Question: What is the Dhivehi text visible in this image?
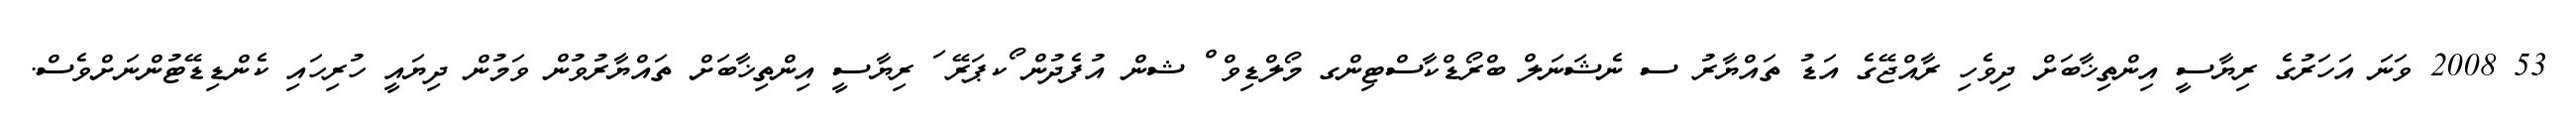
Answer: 53 2008 ވަނަ އަހަރުގެ ރިޔާސީ އިންތިޚާބަށް ދިވެހި ރާއްޖޭގެ އަޑު ތައްޔާރު ސ ނެޝަނަލް ބްރޯޑްކާސްޓިންގ މޯލްޑިވް ް ޝން އުފެދުން ޯކޕަރޭ ަ ރިޔާސީ އިންތިޚާބަށް ތައްޔާރުވުން ވަމުން ދިޔައީ ހުރިހައި ކެންޑިޑޭޓުންނަށްވެސް.